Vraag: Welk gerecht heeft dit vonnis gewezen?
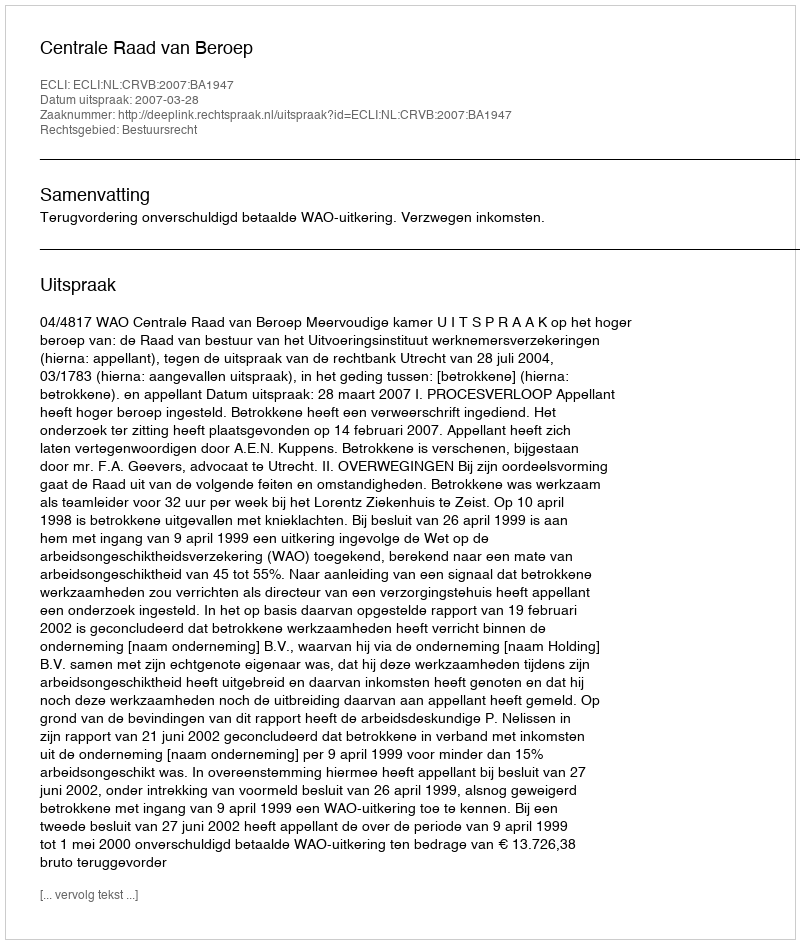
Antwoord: Centrale Raad van Beroep